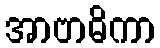
အာဗာဓိကာ